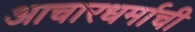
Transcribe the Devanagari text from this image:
आचारधर्माची